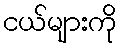
ငယ်များကို